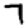
Digit: 7